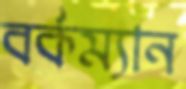
বর্কম্যান